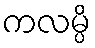
ကလမ္ပိ